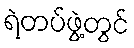
ရဲတပ်ဖွဲ့တွင်